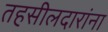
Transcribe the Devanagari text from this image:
तहसीलदारांना